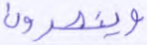
وينصرون